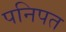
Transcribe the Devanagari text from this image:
पनिपत